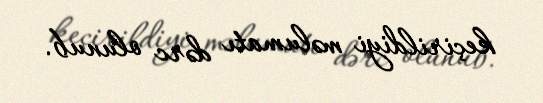
keçirildiyi məlumatı dərc olunub.